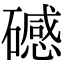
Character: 䃭